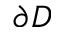
\partial D